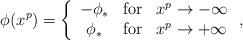
LaTeX: \begin{align*}\phi(x^p)=\left\{\begin{array}{ccc}-\phi_* & \mathrm{for} & x^p\to -\infty \\\phi_* & \mathrm{for} & x^p\to +\infty\end{array}\right. ,\end{align*}